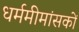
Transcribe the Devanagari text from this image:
धर्ममीमांसकों